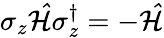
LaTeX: \sigma_{z}\mathcal{\hat{H}}\sigma_{z}^{\dagger}=-\mathcal{\hat{H}}